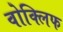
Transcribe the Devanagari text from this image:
वोक्लिफ